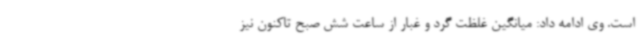
است. وی ادامه داد: میانگین غلظت گرد و غبار از ساعت شش صبح تاکنون نیز